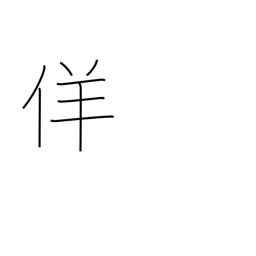
Meaning: false